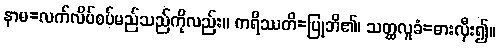
နာမ=လက်လိပ်စပ်မည်သည်ကိုလည်း။ ကရိဿတိ=ပြုဘိ၏၊ သတ္ထလူခံ=ဓားလှီး၍။